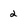
Character: 2